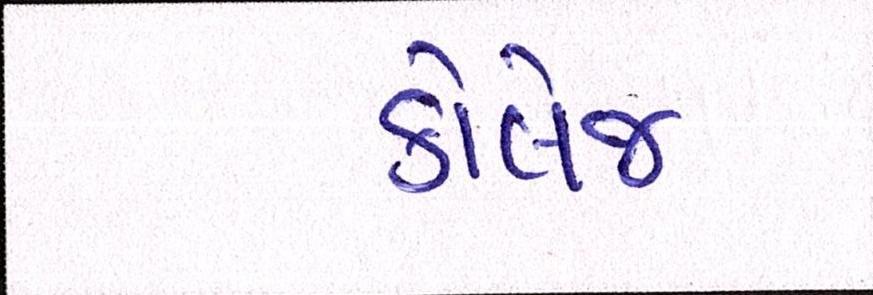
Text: કોલેજ